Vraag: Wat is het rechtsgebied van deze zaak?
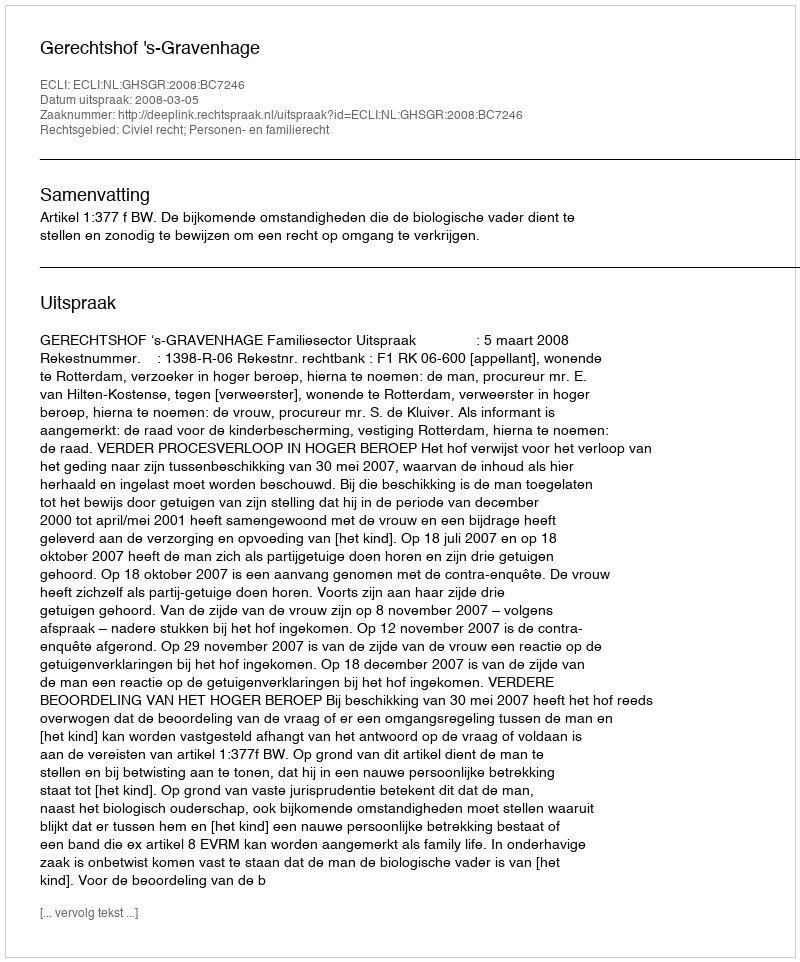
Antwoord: Civiel recht; Personen- en familierecht